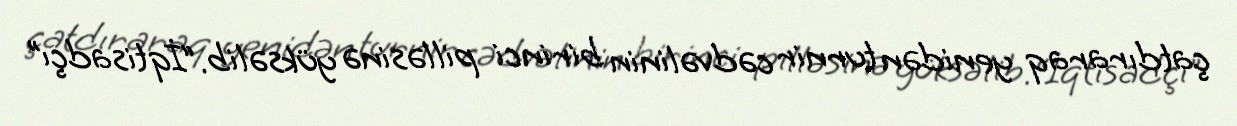
çatdıraraq yenidən turnir cədvəlinin birinci pilləsinə yüksəlib.“İqtisadçı”